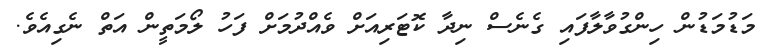
މަޑުމަޑުން ހިންގުވާލާފައި ގެނެސް ނިދާ ކޮޓަރިއަށް ވެއްދުމަށް ފަހު ލޯމަތީން އަތް ނެގިއެވެ.